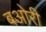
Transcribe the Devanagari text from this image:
बओरी